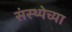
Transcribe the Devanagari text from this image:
संस्थ्येच्या